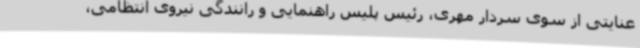
عنایتی از سوی سردار مهری، رئیس پلیس راهنمایی و رانندگی نیروی انتظامی،